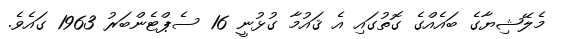
މެލޭޝިޔާގެ ބައެއްގެ ގޮތުގައި އެ ޤައުމާ ގުޅުނީ 16 ސެޕްޓެންބަރު 1963 ގައެވެ.